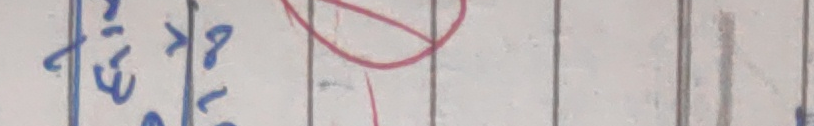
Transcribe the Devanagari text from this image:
जि.बि.ए.